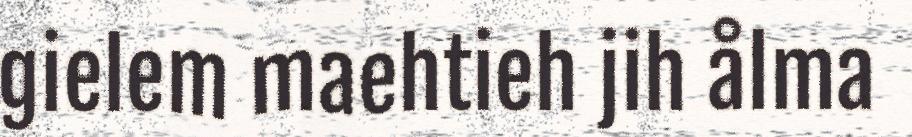
gielem maehtieh jih ålma